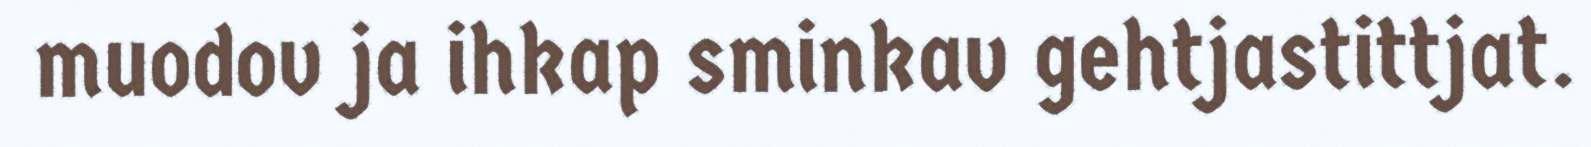
muodov ja ihkap sminkav gehtjastittjat.